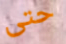
حتى